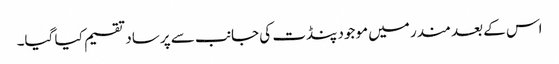
اس کے بعد مندر میں موجود پنڈت کی جانب سے پرساد تقسیم کیا گیا۔